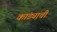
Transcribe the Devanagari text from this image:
कांड्याची